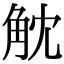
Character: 𧣁